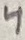
Text: 4